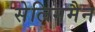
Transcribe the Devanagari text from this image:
सेलिगमैन